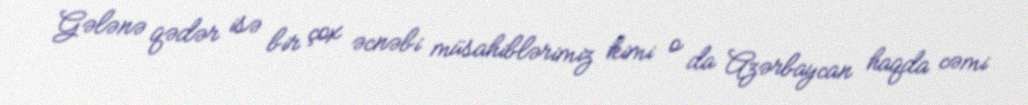
Gələnə qədər isə bir çox əcnəbi müsahiblərimiz kimi o da Azərbaycan haqda cəmi